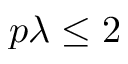
p \lambda \leq 2